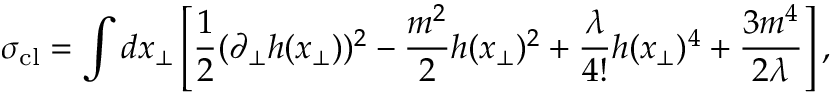
\sigma _ { \mathrm { c l } } = \int d x _ { \bot } \left[ \frac { 1 } { 2 } ( \partial _ { \bot } h ( x _ { \bot } ) ) ^ { 2 } - \frac { m ^ { 2 } } { 2 } h ( x _ { \bot } ) ^ { 2 } + \frac { \lambda } { 4 ! } h ( x _ { \bot } ) ^ { 4 } + \frac { 3 m ^ { 4 } } { 2 \lambda } \right] ,